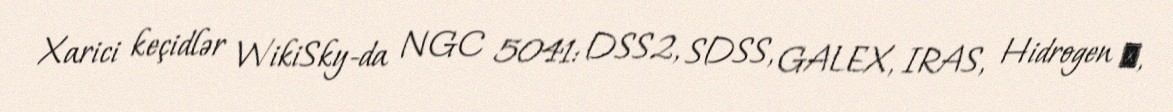
Xarici keçidlər WikiSky-da NGC 5041: DSS2, SDSS, GALEX, IRAS, Hidrogen α,